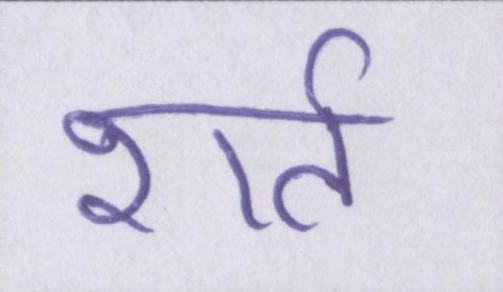
शर्त